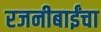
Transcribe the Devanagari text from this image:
रजनीबाईंचा